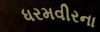
ધરમવીરના